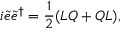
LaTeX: i \tilde { e } \tilde { e } \sp { \dagger } = \frac { 1 } { 2 } ( L Q + Q L ) ,